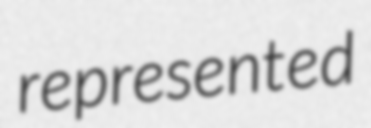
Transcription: represented